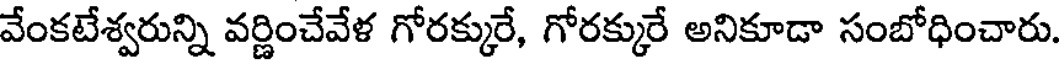
వేంకటేశ్వరున్ని వర్ణించేవేళ గోరక్కురే, గోరక్కురే అనికూడా సంబోధించారు.